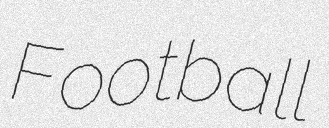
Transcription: Football